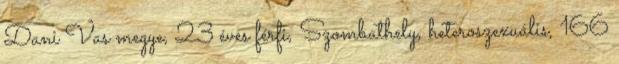
Dani Vas megye, 23 éves férfi, Szombathely, heteroszexuális, 166